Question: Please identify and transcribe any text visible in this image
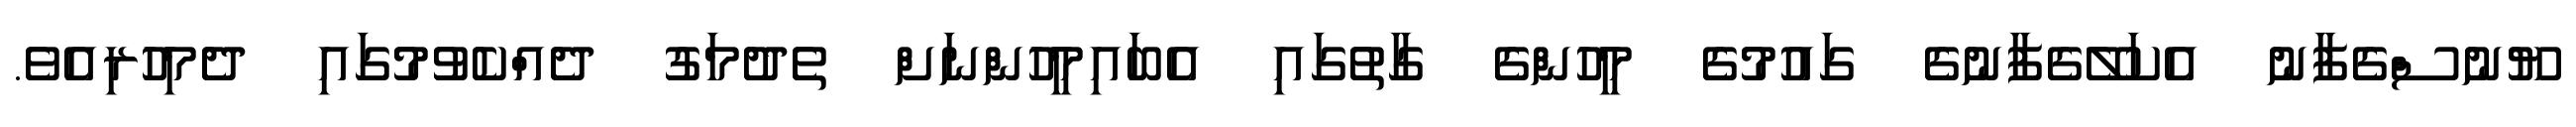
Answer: ޔޫނުސްގެފާނު އެކަލޭގެފާނުގެ ގައުމުގެ މީހުންގެ ގާތުގައި އެބައިމީހުންނަށް ތެދުމަގު ދެއްކެވުމުގައި ދެމިހުރިއެވެ.